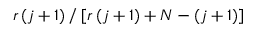
r \left( j + 1 \right) / \left[ r \left( j + 1 \right) + N - \left( j + 1 \right) \right]